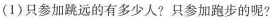
(1)只参加跳远的有多少人?只参加跑步的呢?